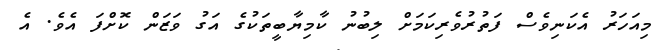
މިއަހަރު އެކަނިވެސް ފަތުރުވެރިކަމަށް ލިބުނު ކާމިޔާބީތަކުގެ އަގު ވަޒަން ކޮށްފަ އެވެ. އެ